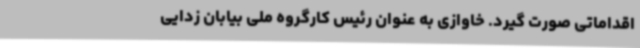
اقداماتی صورت گیرد. خاوازی به عنوان رئیس کارگروه ملی بیابان زدایی